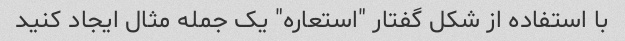
با استفاده از شکل گفتار "استعاره" یک جمله مثال ایجاد کنید